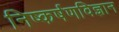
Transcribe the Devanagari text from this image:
निष्कर्षणविज्ञान